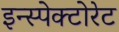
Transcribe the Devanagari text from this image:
इन्स्पेक्टोरेट